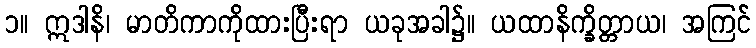
၁။ ဣဒါနိ၊ မာတိကာကိုထားပြီးရာ ယခုအခါ၌။ ယထာနိက္ခိတ္တာယ၊ အကြင်